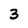
Character: 3